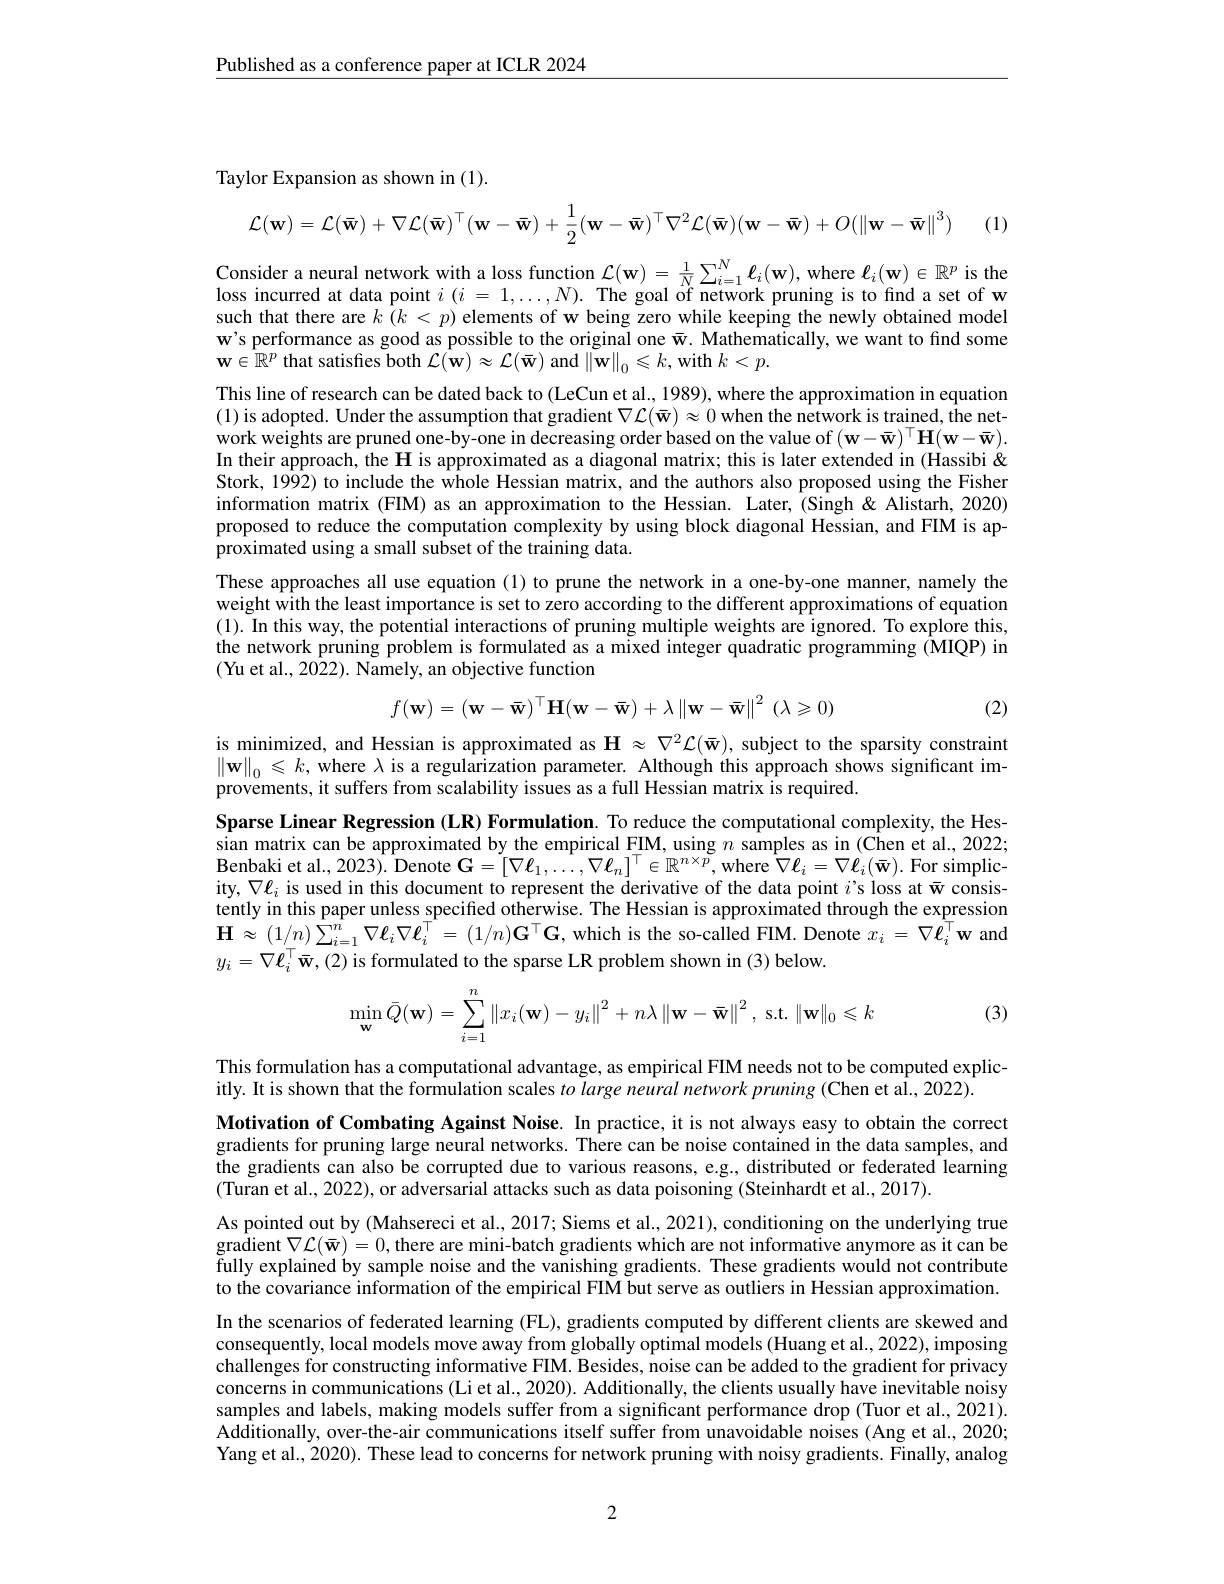
$\underline{\text{Published as a conference paper at ICLR 2024}}$

Taylor Expansion as shown in (1).
$$\mathcal{L}(\mathbf{w})=\mathcal{L}(\mathbf{\bar{w}})+\nabla\mathcal{L}(\mathbf{\bar{w}})^{\top}(\mathbf{w}-\mathbf{\bar{w}})+\frac{1}{2}(\mathbf{w}-\mathbf{\bar{w}})^{\top}\nabla^{2}\mathcal{L}(\mathbf{\bar{w}})(\mathbf{w}-\mathbf{\bar{w}})+O(\left\|\mathbf{w}-\mathbf{\bar{w}}\right\|^{3})$$
(1)

$\begin{array}{l}\text{Consider a neural network with a loss function }\mathcal{L}(\mathbf{w})=\frac1N\sum_{i=1}^N\ell_i(\mathbf{w}),\mathrm{where~}\ell_i(\mathbf{w})\in\mathbb{R}^p\text{ is the}\\\text{loss incurred at data point }i(i=1,\ldots,N).&\mathrm{The~goal~of~network~pruning~is~to~fnd~a~set~of~w}\\\text{such that there are }k(k<p)&\text{elements of w}\end{array}$ w's performance as good as possible to the original one $\bar{\mathrm{w}}.$ Mathematically, we want to find some $\mathbf{w}\in\hat{\mathbb{R}}^{p}$ that satisfies both $\mathcal{L}(\mathbf{w})\approx\mathcal{L}(\bar{\mathbf{w}})$ and $\|\tilde{\mathbf{w}}\|_0\leqslant k$, with $k<p.$
This line of research can be dated back to (LeCun et al., 1989), where the approximation in equation (1) is adopted. Under the assumption that gradient $\nabla\mathcal{L}(\bar{\mathbf{w}})\approx0$ when the network is trained, the network weights are pruned one-by-one in decreasing order based on the value of $(\mathbf{w}-\bar{\mathbf{w}})^\top\mathbf{H}(\mathbf{w}-\bar{\mathbf{w}}).$ In their approach, the $\mathbf{H}$ is approximated as a diagonal matrix; this is later extended in (Hassibi & Stork, 1992) to include the whole Hessian matrix, and the authors also proposed using the Fisher information matrix (FIM) as an approximation to the Hessian. Later, (Singh&Alistarh, 2020) proposed to reduce the computation complexity by using block diagonal Hessian, and FIM is approximated using a small subset of the training data.
These approaches all use equation (1) to prune the network in a one-by-one manner, namely the weight with the least importance is set to zero according to the different approximations of equation (1). In this way, the potential interactions of pruning multiple weights are ignored. To explore this, the network pruning problem is formulated as a mixed integer quadratic programming (MIQP) in (Yu et al., 2022). Namely, an objective function
$$f(\mathbf{w})=(\mathbf{w}-\mathbf{\bar{w}})^\top\mathbf{H}(\mathbf{w}-\mathbf{\bar{w}})+\lambda\left\|\mathbf{w}-\mathbf{\bar{w}}\right\|^2(\lambda\geqslant0)$$
(2)

is minimized, and Hessian is approximated as $\mathbf{H}\approx\nabla^2\mathcal{L}(\bar{\mathbf{w}})$, subject to the sparsity constraint $\left\|\mathbf{w}\right\|_0\leqslant k$, where $\lambda$ is a regularization parameter. Although this approach shows significant improvements, it suffers from scalability issues as a full Hessian matrix is required

Sparse Linear Regression (LR) Formulation. To reduce the computational complexity, the Hessian matrix can be approximated by the empirical FIM, using $n$ samples as in (Chen et al., 2022; Benbaki et al. , 2023) . Denote G$= [ \nabla \ell _{1}, \ldots , \nabla \ell _{n}] ^{\top }\in \mathbb{R} ^{n\times p}$,where $\hat {\nabla \ell }_{i}= \nabla \ell _{i}( \bar{\mathbf{w} } ) .$ For simplicity, $\nabla\ell_i$ is used in this document to represent the derivative of the data point $i^\mathrm{~}$s loss at w consistently in this paper unless specified otherwise. The Hessian is approximated through the expression $\mathbf{H}\approx(1/n)\sum_{i=1}^{n}\nabla\ell_{i}\nabla\ell_{i}^{\top}=(1/n)\mathbf{G}^{\top}\mathbf{G}$,which is the so-called FIM. Denote $x_i=\nabla\ell_{i}^{\top}\mathbf{w}$ and $y_{i}=\nabla\ell_{i}^{\top}\bar{\mathbf{w}},(2)$ is formulated to the sparse LR problem shown in (3) below.
$$\min_{\mathbf{w}}\bar{Q}(\mathbf{w})=\sum\limits_{i=1}^n\left\|x_i(\mathbf{w})-y_i\right\|^2+n\lambda\left\|\mathbf{w}-\mathbf{\bar{w}}\right\|^2,\:\mathrm{s.t.}\left\|\mathbf{w}\right\|_0\leqslant k$$
(3)

This formulation has a computational advantage, as empirical FIM needs not to be computed explic-
itly. It is shown that the formulation scales $to\textit{large neural network pruning( Chen et al. , 2022) . }$

Motivation of Combating Against Noise. In practice, it is not always easy to obtain the correct gradients for pruning large neural networks. There can be noise contained in the data samples, and the gradients can also be corrupted due to various reasons, e.g., distributed or federated learning (Turan et al., 2022), or adversarial attacks such as data poisoning (Steinhardt et al., 2017).
As pointed out by (Mahsereci et al., 2017; Siems et al., 2021), conditioning on the underlying true $\hat{\text{gradient }\nabla\mathcal{L}}(\bar{\mathbf{w}})=0$,there are mini-batch gradients which are not informative anymore as it can be fully explained by sample noise and the vanishing gradients. These gradients would not contribute to the covariance information of the empirical FIM but serve as outliers in Hessian approximation. In the scenarios of federated learning (FL), gradients computed by different clients are skewed and consequently, local models move away from globally optimal models (Huang et al., 2022), imposing challenges for constructing informative FIM. Besides, noise can be added to the gradient for privacy concerns in communications (Li et al., 2020). Additionally, the clients usually have inevitable noisy samples and labels, making models suffer from a significant performance drop (Tuor et al., 2021). Additionally, over-the-air communications itself suffer from unavoidable noises (Ang et al., 2020; Yang et al., 2020). These lead to concerns for network pruning with noisy gradients. Finally, analog

2